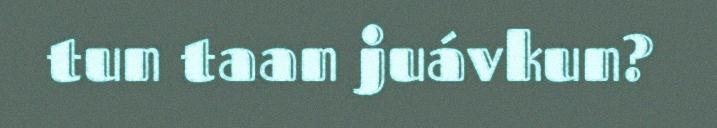
tun taan juávkun?